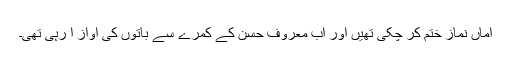
اماں نماز ختم کر چکی تھیں اور اب معروف حسن کے کمرے سے باتوں کی آواز آ رہی تھی۔